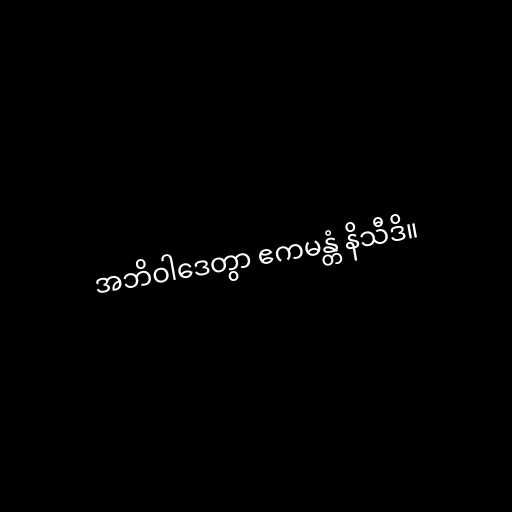
အဘိဝါဒေတွာ ဧကမန္တံ နိသီဒိ။